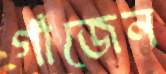
গাঁজেন